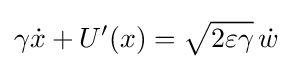
\gamma {\dot {x}}+U^{\prime }(x)={\sqrt {2\varepsilon \gamma }}\,{\dot {w}}